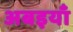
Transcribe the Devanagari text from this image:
अबइयाँ